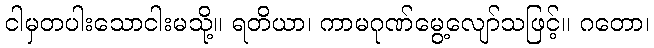
ငါမှတပါးသောငါးမသို့။ ရတိယာ၊ ကာမဂုဏ်မွေ့လျော်သဖြင့်။ ဂတော၊